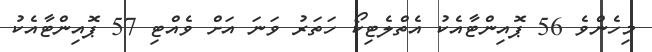
މިހެންވެ 56 ޕޮއިންޓާއެކު އެތްލެޓިކޯ ހަތަރު ވަނަ އަށް ވެއްޓި 57 ޕޮއިންޓާއެކު